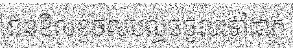
ជនខិលខូចលបលួចចូលទៅដាក់